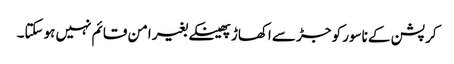
کرپشن کے ناسور کو جڑ سے اکھاڑ پھینکے بغیر امن قائم نہیں ہوسکتا۔